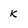
Character: k